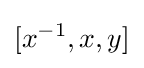
[x^{-1},x,y]